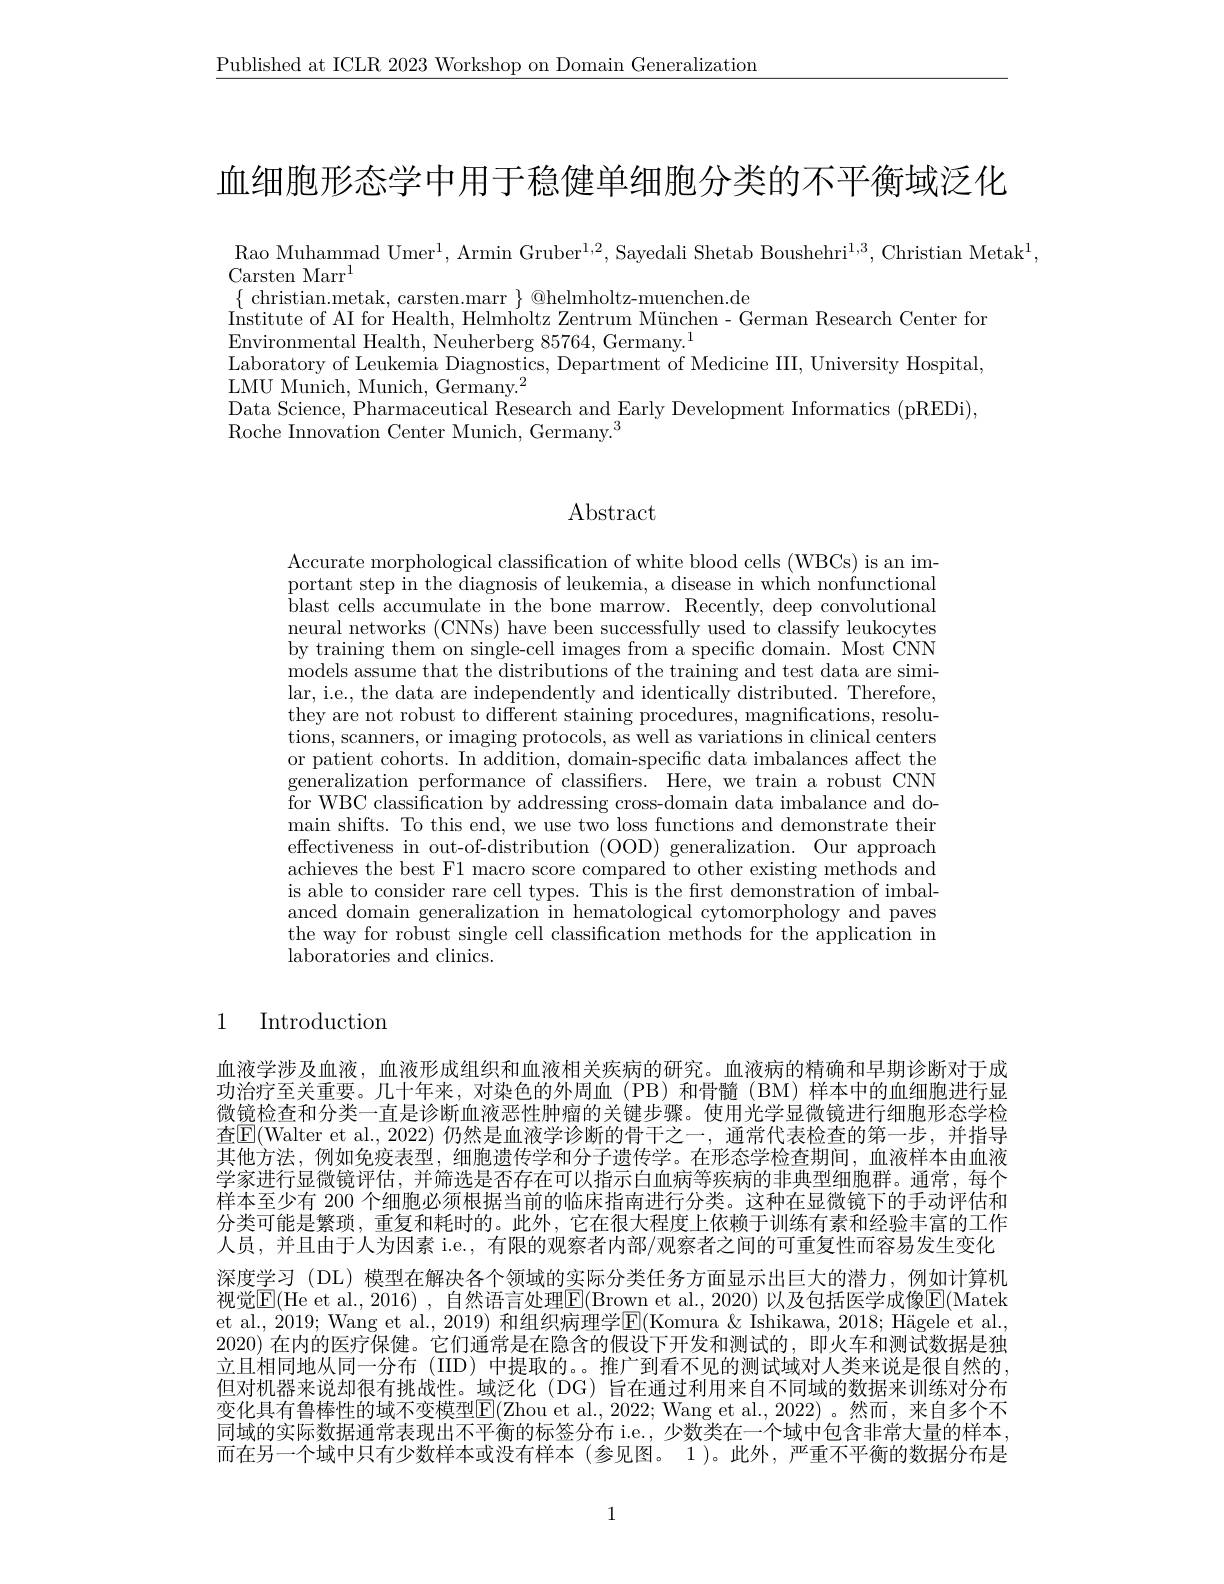
$\underline{\text{Published at ICLR 2023 Workshop on Domain Generalization}}$

血细胞形态学中用于稳健单细胞分类的不平衡域泛化

Rao Muhammad Umer$^1$, Armin Gruber$^1,2$, Sayedali Shetab Boushehri$^1,3$, Christian Metak$^1.$

Carsten Marr$^{1}$
$\{$ christian.metak, carsten.marr $\}$ @helmholtz-muenchen.de
$\begin{array}{c}{\text{Institute of AI for Health, Helmholtz Zentrum München- German Research Center for}}\end{array}$
Environmental Health, Neuherberg 85764, Germany.$^1$
Laboratory of Leukemia Diagnostics, Department of Medicine III, University Hospital,
LMU Munich, Munich, Germany.$^2$
Data Science, Pharmaceutical Research and Early Development Informatics (pREDi),
Roche Innovation Center Munich, Germany.$^3$

# Abstract

Accurate morphological classification of white blood cells (WBCs) is an important step in the diagnosis of leukemia, a disease in which nonfunctional blast cells accumulate in the bone marrow. Recently, deep convolutional neural networks (CNNs) have been successfully used to classify leukocytes by training them on single-cell images from a specific domain. Most CNN models assume that the distributions of the training and test data are similar, i.e., the data are independently and identically distributed. Therefore, they are not robust to different staining procedures, magnifications, resolutions, scanners, or imaging protocols, as well as variations in clinical centers or patient cohorts. In addition, domain-specific data imbalances affect the $\dot{\text{generalization performance of classifiers.}}$Here, we train a robust CNN for WBC classification by addressing cross-domain data imbalance and domain shifts. To this end, we use two loss functions and demonstrate their effectiveness in out-of-distribution (OOD) generalization. Our approach achieves the best F1 macro score compared to other existing methods and is able to consider rare cell types. This is the first demonstration of imbalanced domain generalization in hematological cytomorphology and paves the way for robust single cell classification methods for the application in laboratories and clinics.

1 Introduction

血液学涉及血液，血液形成组织和血液相关疾病的研究。血液病的精确和早期诊断对于成功治疗至关重要。几十年来，对染色的外周血(PB)和骨髓(BM)样本中的血细胞进行显微镜检查和分类一直是诊断血液恶性肿瘤的关键步骤。使用光学显微镜进行细胞形态学检查$\overline{\mathrm{E}}($Walter et al., 2022)仍然是血液学诊断的骨干之一，通常代表检查的第一步，并指导其他方法，例如免疫表型，细胞遗传学和分子遗传学。在形态学检查期间，血液样本由血液学家进行显微镜评估，并筛选是否存在可以指示白血病等疾病的非典型细胞群。通常，每个样本至少有 200 个细胞必须根据当前的临床指南进行分类。这种在显微镜下的手动评估和分类可能是繁琐，重复和耗时的。此外，它在很大程度上依赖于训练有素和经验丰富的工作人员，并且由于人为因素 i.e., 有限的观察者内部/观察者之间的可重复性而容易发生变化深度学习 (DL) 模型在解决各个领域的实际分类任务方面显示出巨大的潜力，例如计算机视觉$\overline{\mathrm{E}}($He et al., 2016) , 自然语言处理$\boxed{\mathrm{E}}($Brown et al., 2020) 以及包括医学成像$\underline{\mathrm{E}}($Matek et al., 2019; Wang et al., 2019) 和组织病理学$\mathbb{E}($Komura & Ishikawa, 2018; Hägele et al., 2020) 在内的医疗保健。它们通常是在隐含的假设下开发和测试的，即火车和测试数据是独立且相同地从同一分布(IID)中提取的。。推广到看不见的测试域对人类来说是很自然的， 但对机器来说却很有挑战性。域泛化 (DG)旨在通过利用来自不同域的数据来训练对分布变化具有鲁棒性的域不变模型$\boxed{\mathrm{F}}($Zhou et al.,2022; Wang et al.,2022)。然而，来自多个不同域的实际数据通常表现出不平衡的标签分布 i.e., 少数类在一个域中包含非常大量的样本， 而在另一个域中只有少数样本或没有样本(参见图。1)。此外，严重不平衡的数据分布是

1